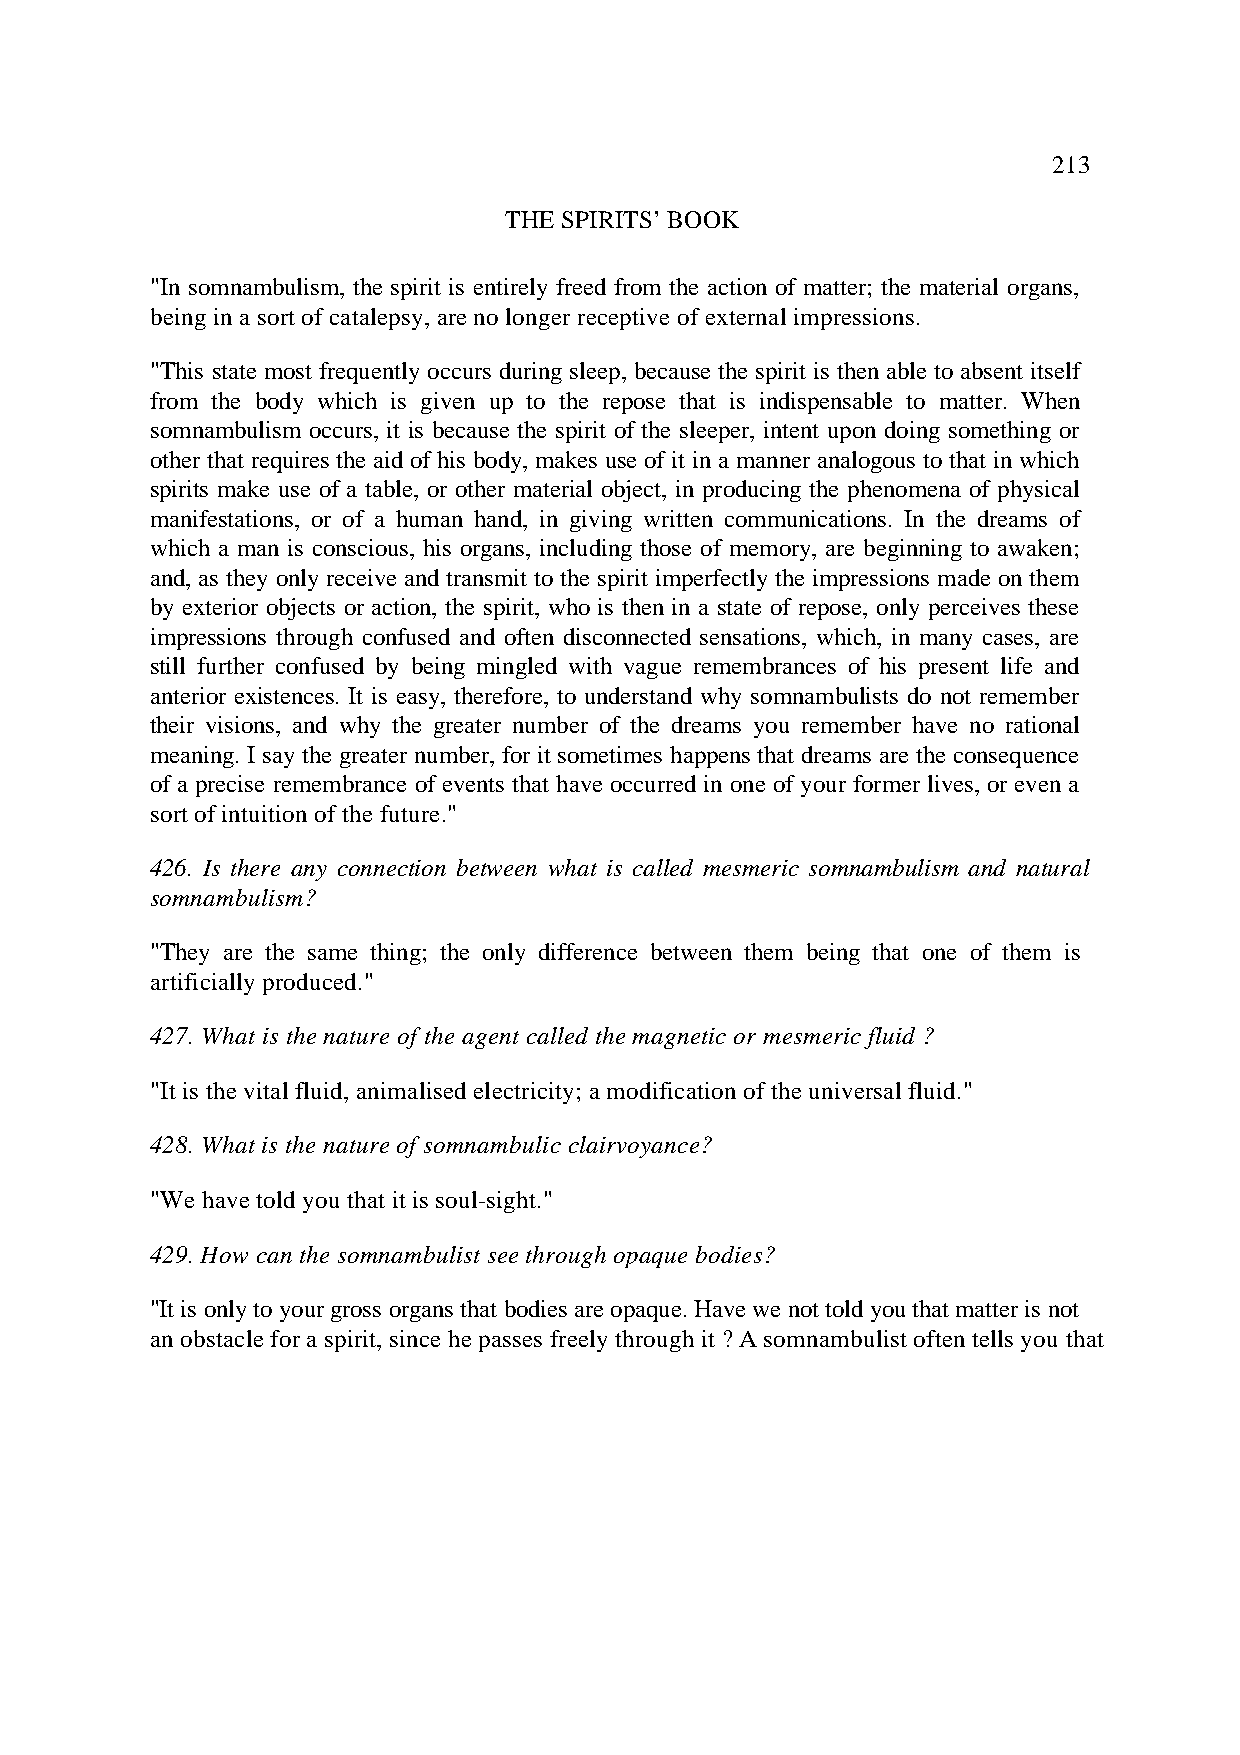
213
 THE SPIRITS’ BOOK
 "In somnambulism, the spirit is entirely freed from the action of matter; the material organs,
 being in a sort of catalepsy, are no longer receptive of external impressions.
 "This state most frequently occurs during sleep, because the spirit is then able to absent itself
 from the body which is given up to the repose that is indispensable to matter. When
 somnambulism occurs, it is because the spirit of the sleeper, intent upon doing something or
 other that requires the aid of his body, makes use of it in a manner analogous to that in which
 spirits make use of a table, or other material object, in producing the phenomena of physical
 manifestations, or of a human hand, in giving written communications. In the dreams of
 which a man is conscious, his organs, including those of memory, are beginning to awaken;
 and, as they only receive and transmit to the spirit imperfectly the impressions made on them
 by exterior objects or action, the spirit, who is then in a state of repose, only perceives these
 impressions through confused and often disconnected sensations, which, in many cases, are
 still further confused by being mingled with vague remembrances of his present life and
 anterior existences. It is easy, therefore, to understand why somnambulists do not remember
 their visions, and why the greater number of the dreams you remember have no rational
 meaning. I say the greater number, for it sometimes happens that dreams are the consequence
 of a precise remembrance of events that have occurred in one of your former lives, or even a
 sort of intuition of the future."
 426. Is there any connection between what is called mesmeric somnambulism and natural
 somnambulism?
 "They are the same thing; the only difference between them being that one of them is
 artificially produced."
 427. What is the nature of the agent called the magnetic or mesmeric fluid ?
 "It is the vital fluid, animalised electricity; a modification of the universal fluid."
 428. What is the nature of somnambulic clairvoyance?
 "We have told you that it is soul-sight."
 429. How can the somnambulist see through opaque bodies?
 "It is only to your gross organs that bodies are opaque. Have we not told you that matter is not
 an obstacle for a spirit, since he passes freely through it ? A somnambulist often tells you that